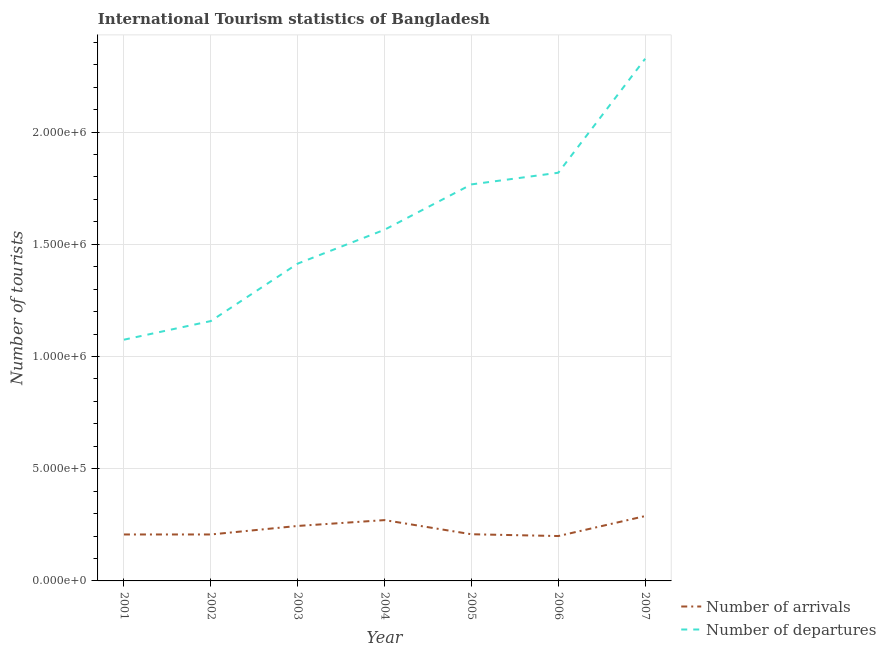
| Year | Number of arrivals | Number of departures |
 | --- | --- | --- |
 | 2001 | 2.07e+05 | 1.08e+06 |
 | 2002 | 2.07e+05 | 1.16e+06 |
 | 2003 | 2.45e+05 | 1.41e+06 |
 | 2004 | 2.71e+05 | 1.56e+06 |
 | 2005 | 2.08e+05 | 1.77e+06 |
 | 2006 | 2e+05 | 1.82e+06 |
 | 2007 | 2.89e+05 | 2.33e+06 |